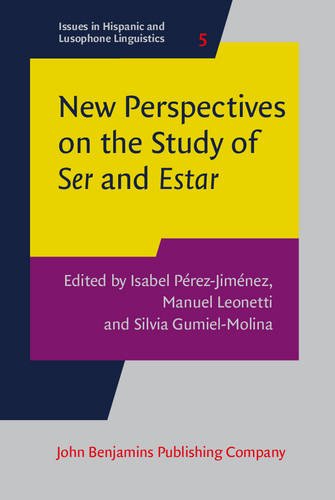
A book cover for New Perspectives on the Study of <i>Ser</i> and <i>E</i><i>star</i> (Issues in Hispanic and Lusophone Linguistics); Politics & Social Sciences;